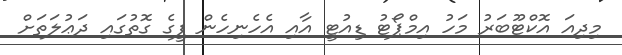
މިދިއަ އޮކްޓޫބަރު މަހު އިމްޕޯޓު ޑިއުޓީ އާއި އެހެނިހެން ފީގެ ގޮތުގައި ދަޢުލަތަށް